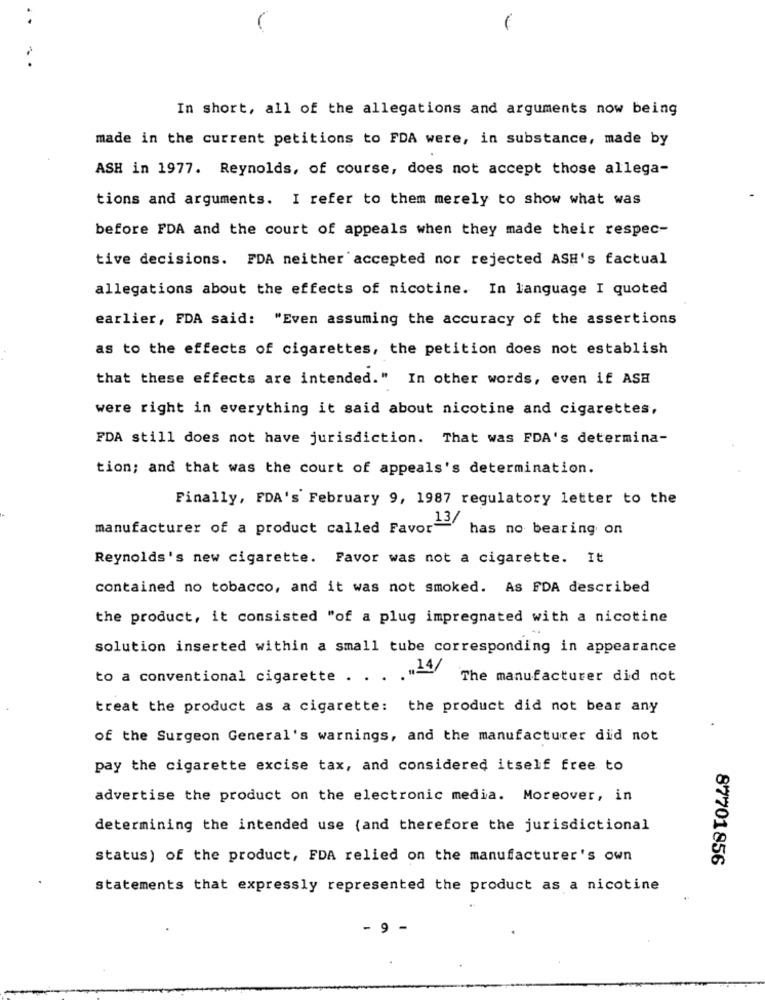
In short, all of the allegations and arguments now being
made in the current petitions to FDA were, in substance, made by
ASH in 1977. Reynolds, of course, does not accept those allega-
tions and arguments. I refer to them merely to show what was
before FDA and the court of appeals when they made their respec-
tive decisions. FDA neither accepted nor rejected ASH's factual
allegations about the effects of nicotine. In language I quoted
earlier, FDA said: "Even assuming the accuracy of the assertions
as to the effects of cigarettes, the petition does not establish
that these effects are intended." In other words, even if ASH
were right in everything it said about nicotine and cigarettes,
FDA still does not have jurisdiction. That was FDA's determina-
tion; and that was the court of appeals's determination.
Finally, FDA's February 9, 1987 regulatory letter to the
manufacturer of a product called Favor-
has no bearing on
Reynolds's new cigarette. Favor was not a cigarette. It
contained no tobacco, and it was not smoked. As FDA described
the product, it consisted "of a plug impregnated with a nicotine
solution inserted within a small tube corresponding in appearance
to a conventional cigarette . . .
, "14/
The manufacturer did not
treat the product as a cigarette: the product did not bear any
of the Surgeon General's warnings, and the manufacturer did not
pay the cigarette excise tax, and considered itself free to
advertise the product on the electronic media. Moreover, in
determining the intended use (and therefore the jurisdictional
status) of the product, FDA relied on the manufacturer's own
87701856
statements that expressly represented the product as a nicotine
- 9 -